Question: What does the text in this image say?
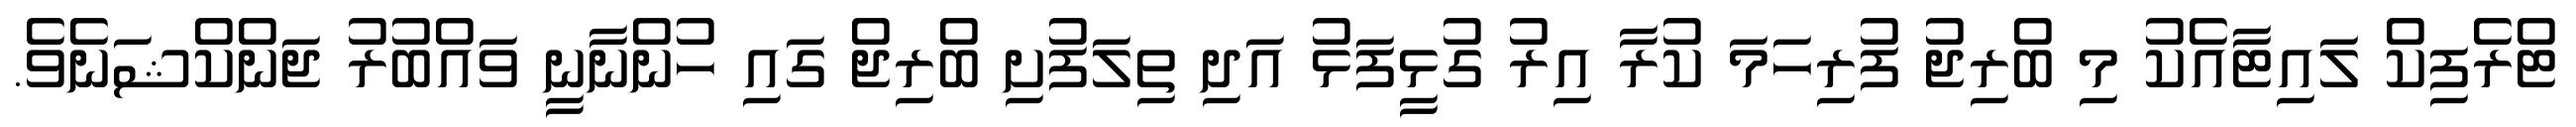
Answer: ޓްރެފިކް ލައިޓާއެކު މި ބްރިޖު ފުރިހަމަ ކުރާ އިރު ގުޅީފަޅު އަދި ތިލަފުށި ބްރިޖް ގައި ހުންނާނީ ވައްބުރު ޖަންކްޝަނެވެ.